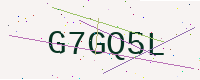
Text: G7GQ5L